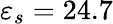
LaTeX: \varepsilon_{s}=24.7